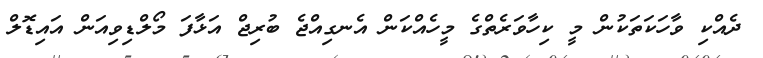
ދެއްކި ވާހަކަތަކުން މީ ކިހާވަރެތްގެ މީހެއްކަން އެނގިއްޖެ ބުރިޖް އަޅާފަ މޯލްޑިވިއަން އައިޑޮލް